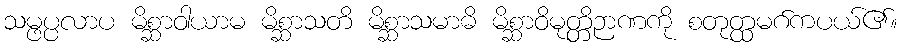
သမ္ဖပ္ပလာပ မိစ္ဆာဝါယာမ မိစ္ဆာသတိ မိစ္ဆာသမာဓိ မိစ္ဆာဝိမုတ္တိဉာဏကို စတုတ္ထမဂ်ကပယ်၏။